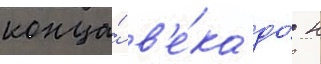
конца́ в'е́ка до́ н